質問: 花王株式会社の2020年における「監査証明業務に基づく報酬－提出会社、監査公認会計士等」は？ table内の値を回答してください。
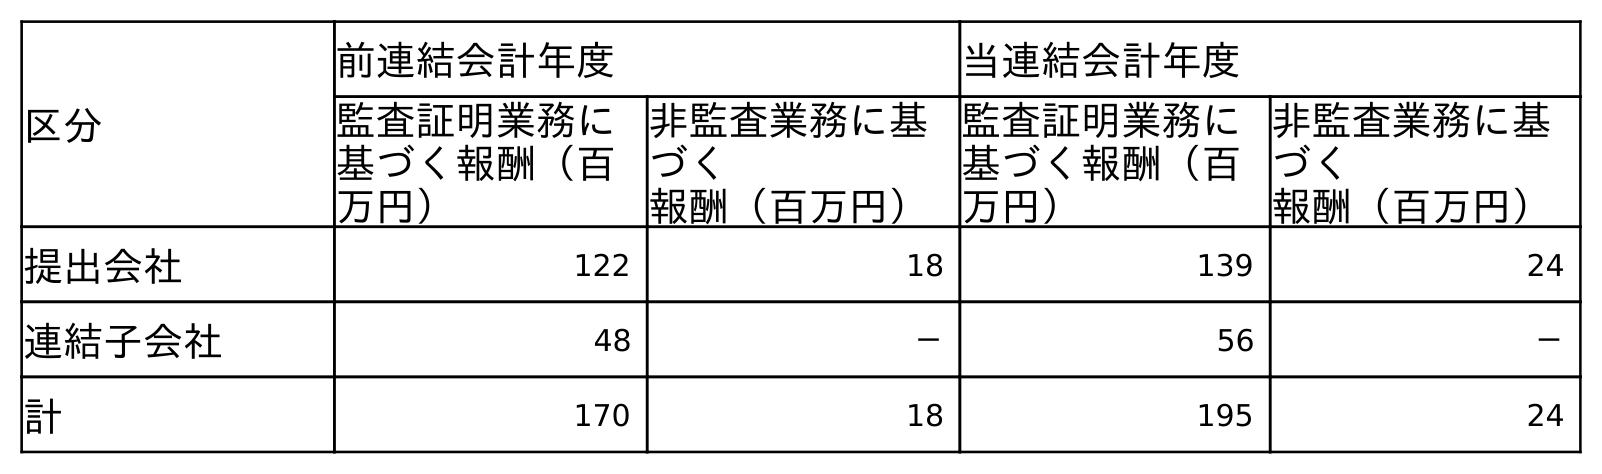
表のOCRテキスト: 区分 前連結会計年度 当連結会計年度 監査証明業務に 基づく報酬（百 万円） 非監査業務に基 づく 報酬（百万円） 監査証明業務に 基づく報酬（百 万円） 非監査業務に基 づく 報酬（百万円） 提出会社 122 18 139 24 連結子会社 48 － 56 － 計 170 18 195 24
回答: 139